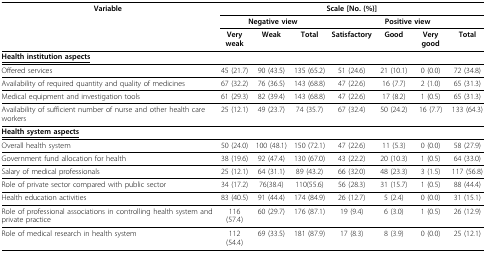
<table><thead><tr><td><b>Variable</b></td><td colspan="7"><b>Scale [No. (%)]</b></td></tr><tr><td></td><td colspan="3"><b>Negative view</b></td><td colspan="4"><b>Positive view</b></td></tr><tr><td></td><td><b>Very weak</b></td><td><b>Weak</b></td><td><b>Total</b></td><td><b>Satisfactory</b></td><td><b>Good</b></td><td><b>Very good</b></td><td><b>Total</b></td></tr></thead><tbody><tr><td colspan="8"><underline><b>Health institution aspects</b></underline></td></tr><tr><td>Offered services</td><td>45 (21.7)</td><td>90 (43.5)</td><td>135 (65.2)</td><td>51 (24.6)</td><td>21 (10.1)</td><td>0 (0.0)</td><td>72 (34.8)</td></tr><tr><td>Availability of required quantity and quality of medicines</td><td>67 (32.2)</td><td>76 (36.5)</td><td>143 (68.8)</td><td>47 (22.6)</td><td>16 (7.7)</td><td>2 (1.0)</td><td>65 (31.3)</td></tr><tr><td>Medical equipment and investigation tools</td><td>61 (29.3)</td><td>82 (39.4)</td><td>143 (68.8)</td><td>47 (22.6)</td><td>17 (8.2)</td><td>1 (0.5)</td><td>65 (31.3)</td></tr><tr><td>Availability of sufficient number of nurse and other health care workers</td><td>25 (12.1)</td><td>49 (23.7)</td><td>74 (35.7)</td><td>67 (32.4)</td><td>50 (24.2)</td><td>16 (7.7)</td><td>133 (64.3)</td></tr><tr><td colspan="8"><underline><b>Health system aspects</b></underline></td></tr><tr><td>Overall health system</td><td>50 (24.0)</td><td>100 (48.1)</td><td>150 (72.1)</td><td>47 (22.6)</td><td>11 (5.3)</td><td>0 (0.0)</td><td>58 (27.9)</td></tr><tr><td>Government fund allocation for health</td><td>38 (19.6)</td><td>92 (47.4)</td><td>130 (67.0)</td><td>43 (22.2)</td><td>20 (10.3)</td><td>1 (0.5)</td><td>64 (33.0)</td></tr><tr><td>Salary of medical professionals</td><td>25 (12.1)</td><td>64 (31.1)</td><td>89 (43.2)</td><td>66 (32.0)</td><td>48 (23.3)</td><td>3 (1.5)</td><td>117 (56.8)</td></tr><tr><td>Role of private sector compared with public sector</td><td>34 (17.2)</td><td>76(38.4)</td><td>110(55.6)</td><td>56 (28.3)</td><td>31 (15.7)</td><td>1 (0.5)</td><td>88 (44.4)</td></tr><tr><td>Health education activities</td><td>83 (40.5)</td><td>91 (44.4)</td><td>174 (84.9)</td><td>26 (12.7)</td><td>5 (2.4)</td><td>0 (0.0)</td><td>31 (15.1)</td></tr><tr><td>Role of professional associations in controlling health system and private practice</td><td>116 (57.4)</td><td>60 (29.7)</td><td>176 (87.1)</td><td>19 (9.4)</td><td>6 (3.0)</td><td>1 (0.5)</td><td>26 (12.9)</td></tr><tr><td>Role of medical research in health system</td><td>112 (54.4)</td><td>69 (33.5)</td><td>181 (87.9)</td><td>17 (8.3)</td><td>8 (3.9)</td><td>0 (0.0)</td><td>25 (12.1)</td></tr></tbody></table>